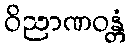
ဝိညာဏဝန္တံ